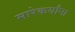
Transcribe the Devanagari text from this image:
मारेकर्यांना